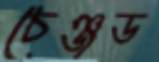
চেঞ্জড